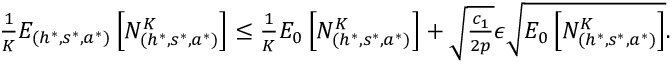
\begin{array} { r } { \frac { 1 } { K } E _ { ( h ^ { * } , s ^ { * } , a ^ { * } ) } \left[ N _ { ( h ^ { * } , s ^ { * } , a ^ { * } ) } ^ { K } \right] \leq \frac { 1 } { K } E _ { 0 } \left[ N _ { ( h ^ { * } , s ^ { * } , a ^ { * } ) } ^ { K } \right] + \sqrt { \frac { c _ { 1 } } { 2 p } } \epsilon \sqrt { E _ { 0 } \left[ N _ { ( h ^ { * } , s ^ { * } , a ^ { * } ) } ^ { K } \right] } . } \end{array}